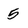
Character: 5